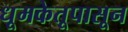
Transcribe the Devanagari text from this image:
धूमकेतूपासून